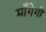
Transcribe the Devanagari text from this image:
माँगेगी